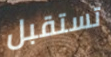
تستقبل